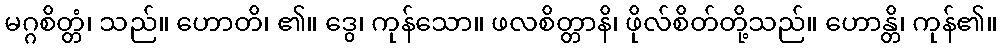
မဂ္ဂစိတ္တံ၊ သည်။ ဟောတိ၊ ၏။ ဒွေ၊ ကုန်သော။ ဖလစိတ္တာနိ၊ ဖိုလ်စိတ်တို့သည်။ ဟောန္တိ၊ ကုန်၏။